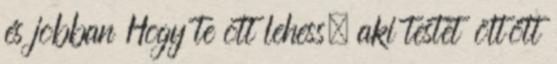
és jobban Hogy te ott lehess, aki testet öltött